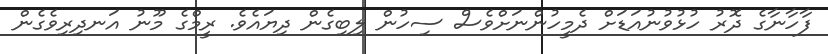
ފާހާނާގެ ދޮރު ހުޅުވުނުއަޑަށް ދެމީހުންނަށްވެސް ސިހުން ލިބިގެން ދިޔައެވެ. ރީމްގެ މޫނު އަނދިރިވެގެން